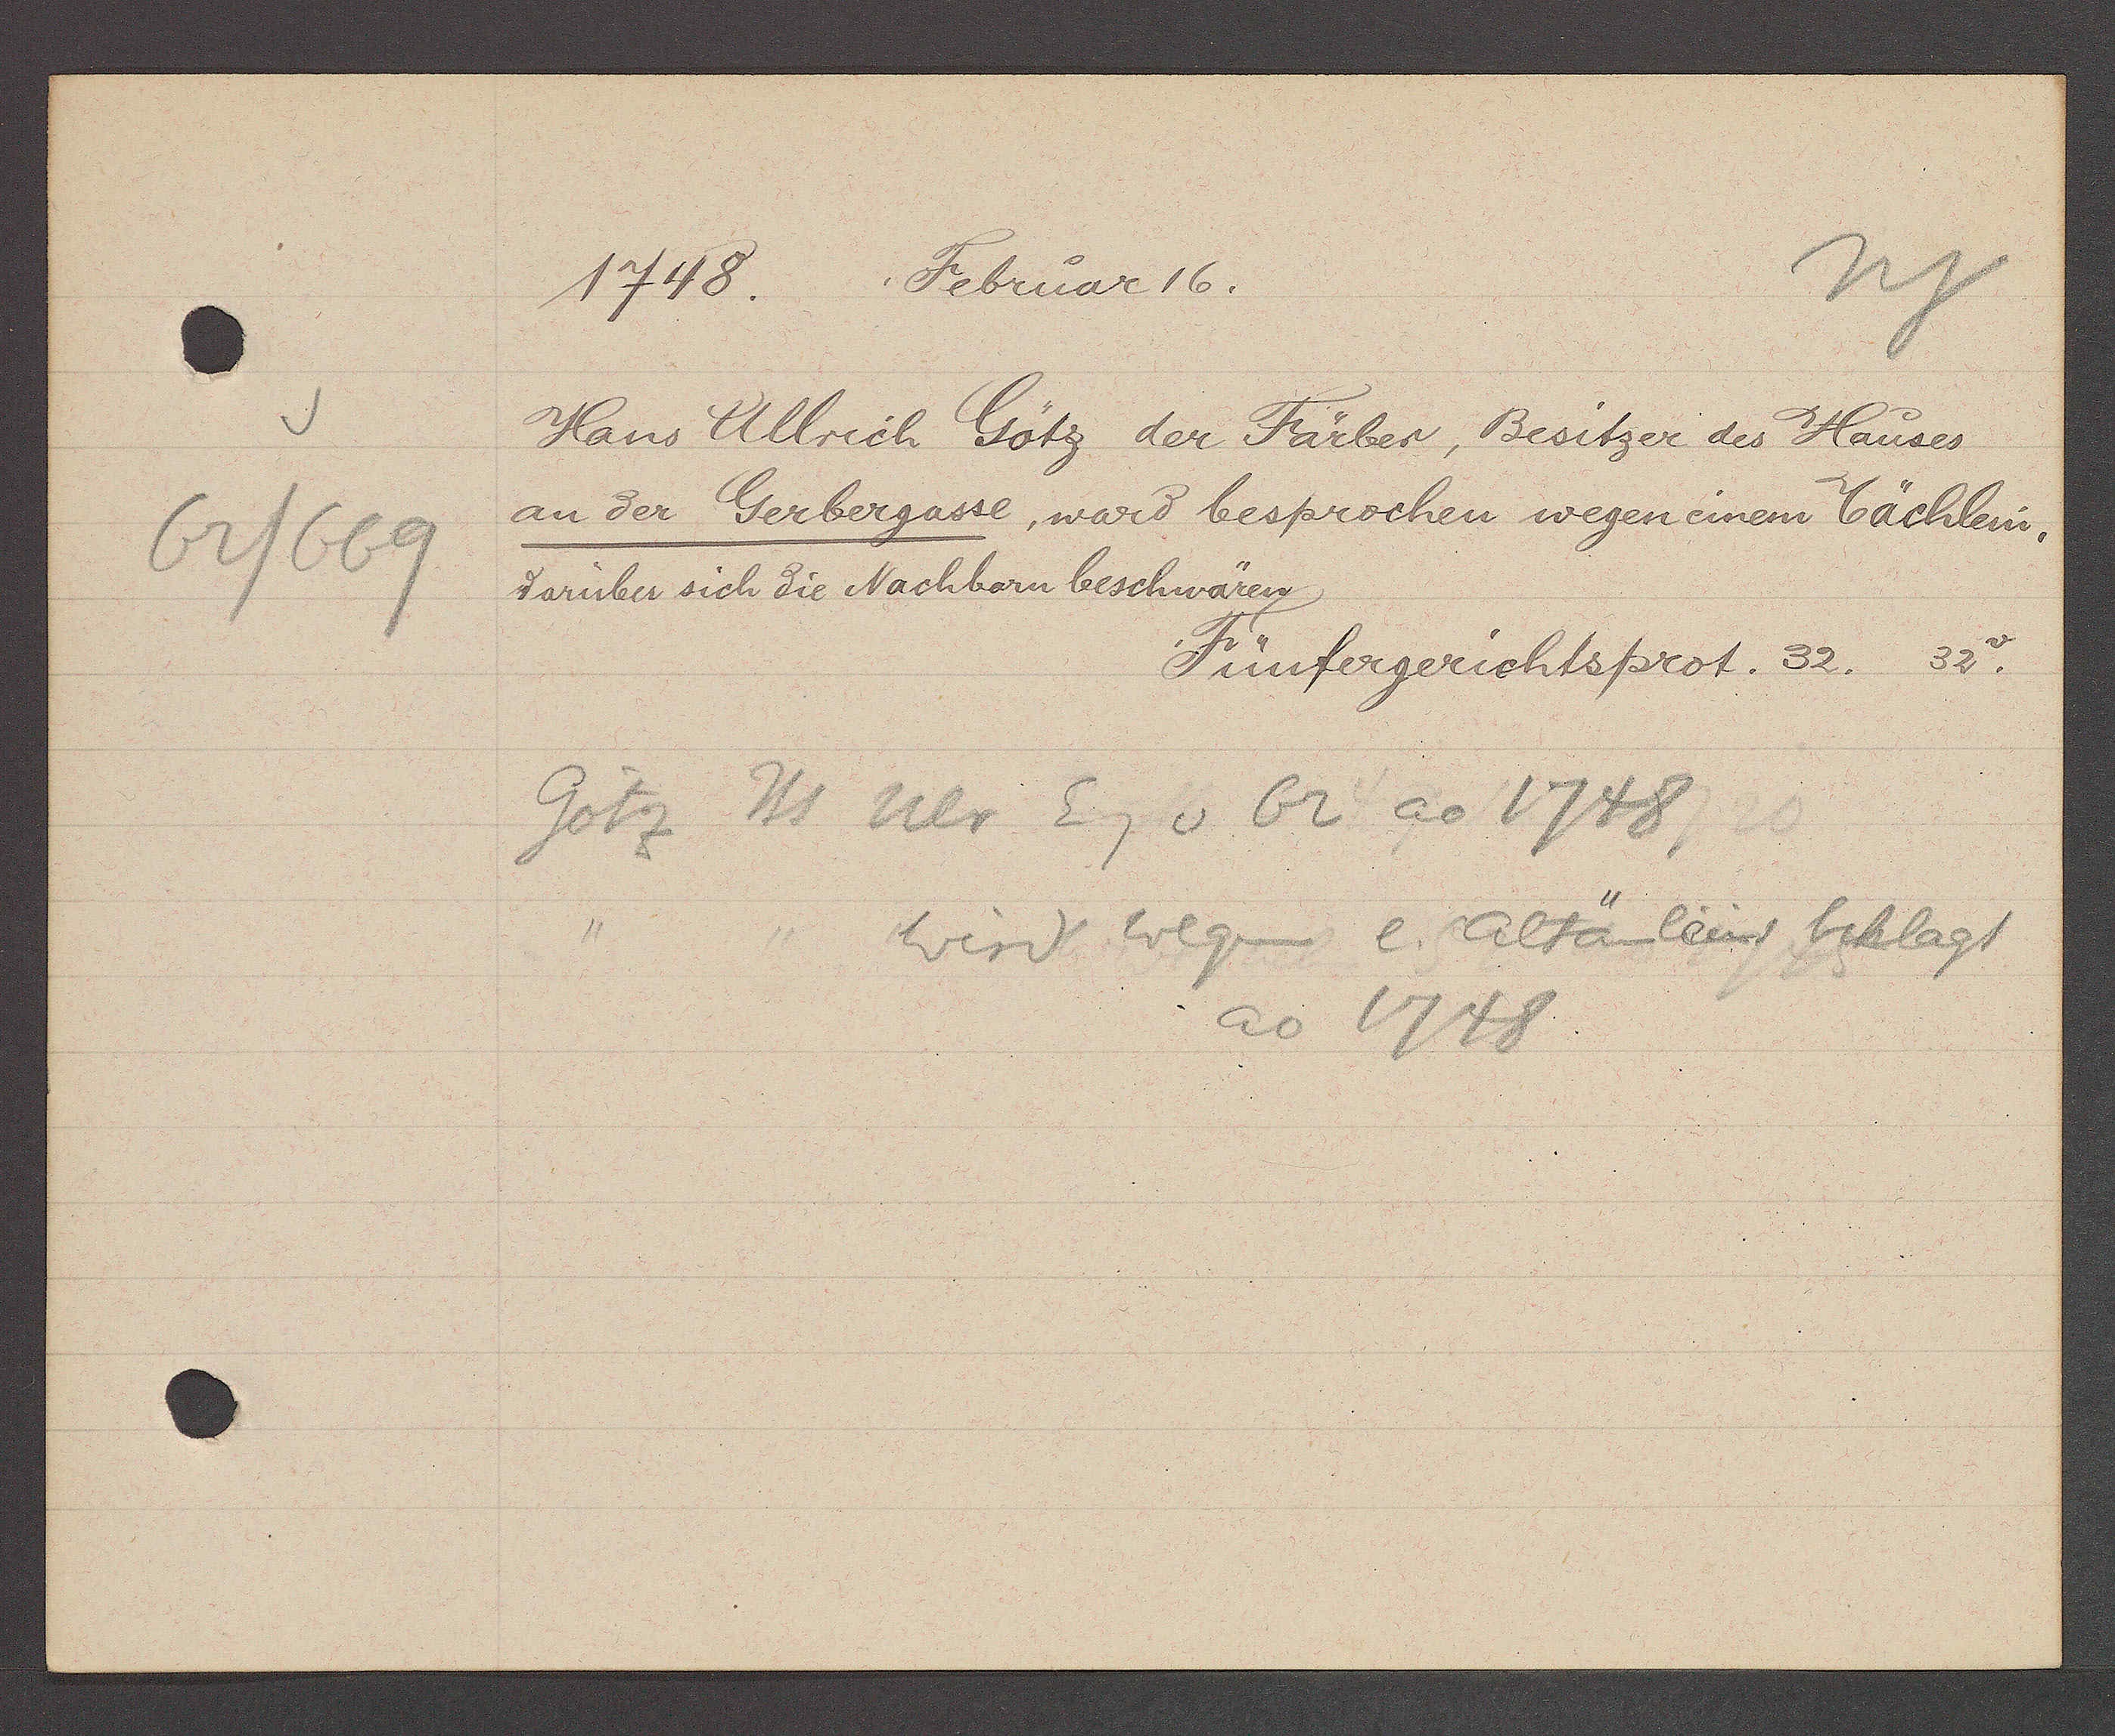
Transcript:
62/669

1748. Februar 16.

Hans Ullrich Götz der Färber, Besitzer des Hauses
an der Gerbergasse, ward besprochen wegen einem bächlein,
daruber sich die Nachbarn beschwären.
32v.

Fünfergerichtsprot. 32.

Götz Hs Ulr Eg v 62 ao 1748
Wird wegen e. altärleins beklagt
ao 1748